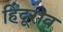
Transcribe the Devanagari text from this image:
हिंदूराव